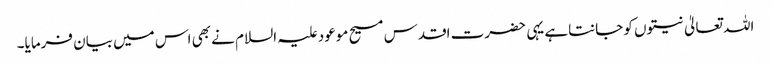
اللہ تعالیٰ نیتوں کو جانتاہے یہی حضرت اقدس مسیح موعود علیہ السلام نے بھی اس میں بیان فرمایا۔